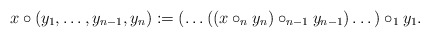
\begin{align*} x \circ (y_1, \dots, y_{n - 1}, y_n) := (\dots ((x \circ_n y_n) \circ_{n - 1} y_{n - 1}) \dots) \circ_1 y_1.\end{align*}